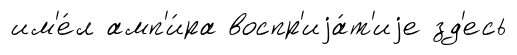
им'е́л амп'и́ра воспр'иjа́т'иjе зд'есь